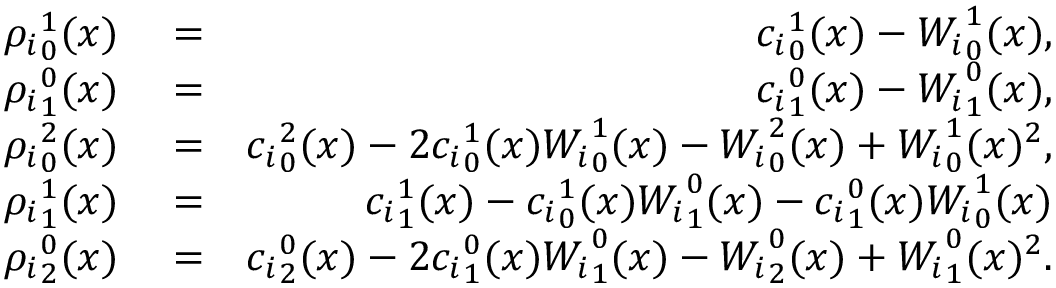
\begin{array} { r l r } { { \rho _ { i } } _ { 0 } ^ { 1 } ( x ) } & { { } = } & { { c _ { i } } _ { 0 } ^ { 1 } ( x ) - { W _ { i } } _ { 0 } ^ { 1 } ( x ) , } \\ { { \rho _ { i } } _ { 1 } ^ { 0 } ( x ) } & { { } = } & { { c _ { i } } _ { 1 } ^ { 0 } ( x ) - { W _ { i } } _ { 1 } ^ { 0 } ( x ) , } \\ { { \rho _ { i } } _ { 0 } ^ { 2 } ( x ) } & { { } = } & { { c _ { i } } _ { 0 } ^ { 2 } ( x ) - 2 { c _ { i } } _ { 0 } ^ { 1 } ( x ) { W _ { i } } _ { 0 } ^ { 1 } ( x ) - { W _ { i } } _ { 0 } ^ { 2 } ( x ) + { W _ { i } } _ { 0 } ^ { 1 } ( x ) ^ { 2 } , } \\ { { \rho _ { i } } _ { 1 } ^ { 1 } ( x ) } & { { } = } & { { c _ { i } } _ { 1 } ^ { 1 } ( x ) - { c _ { i } } _ { 0 } ^ { 1 } ( x ) { W _ { i } } _ { 1 } ^ { 0 } ( x ) - { c _ { i } } _ { 1 } ^ { 0 } ( x ) { W _ { i } } _ { 0 } ^ { 1 } ( x ) } \\ { { \rho _ { i } } _ { 2 } ^ { 0 } ( x ) } & { { } = } & { { c _ { i } } _ { 2 } ^ { 0 } ( x ) - 2 { c _ { i } } _ { 1 } ^ { 0 } ( x ) { W _ { i } } _ { 1 } ^ { 0 } ( x ) - { W _ { i } } _ { 2 } ^ { 0 } ( x ) + { W _ { i } } _ { 1 } ^ { 0 } ( x ) ^ { 2 } . } \end{array}